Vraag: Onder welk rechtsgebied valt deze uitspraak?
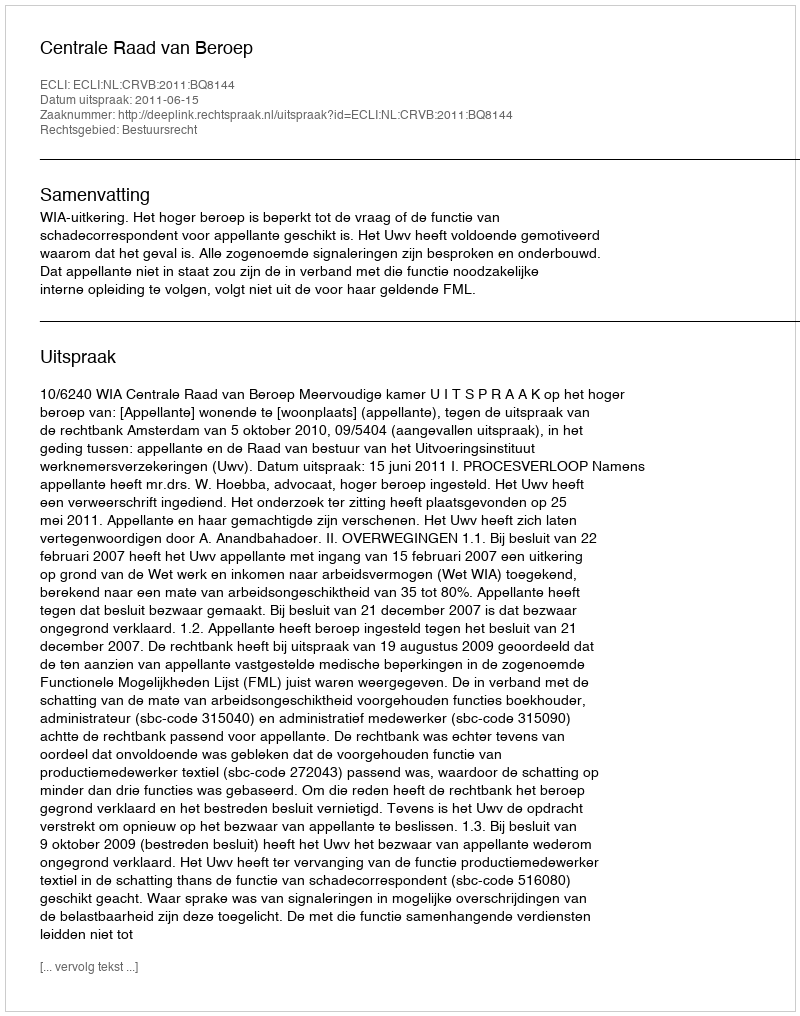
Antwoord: Bestuursrecht